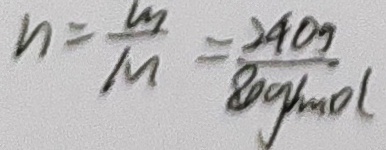
n = \frac { m } { M } = \frac { 2 4 0 g } { 8 0 g / m o l }